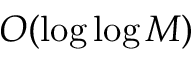
O ( \log \log M )